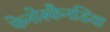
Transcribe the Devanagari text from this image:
फेनोस्कैनडिया